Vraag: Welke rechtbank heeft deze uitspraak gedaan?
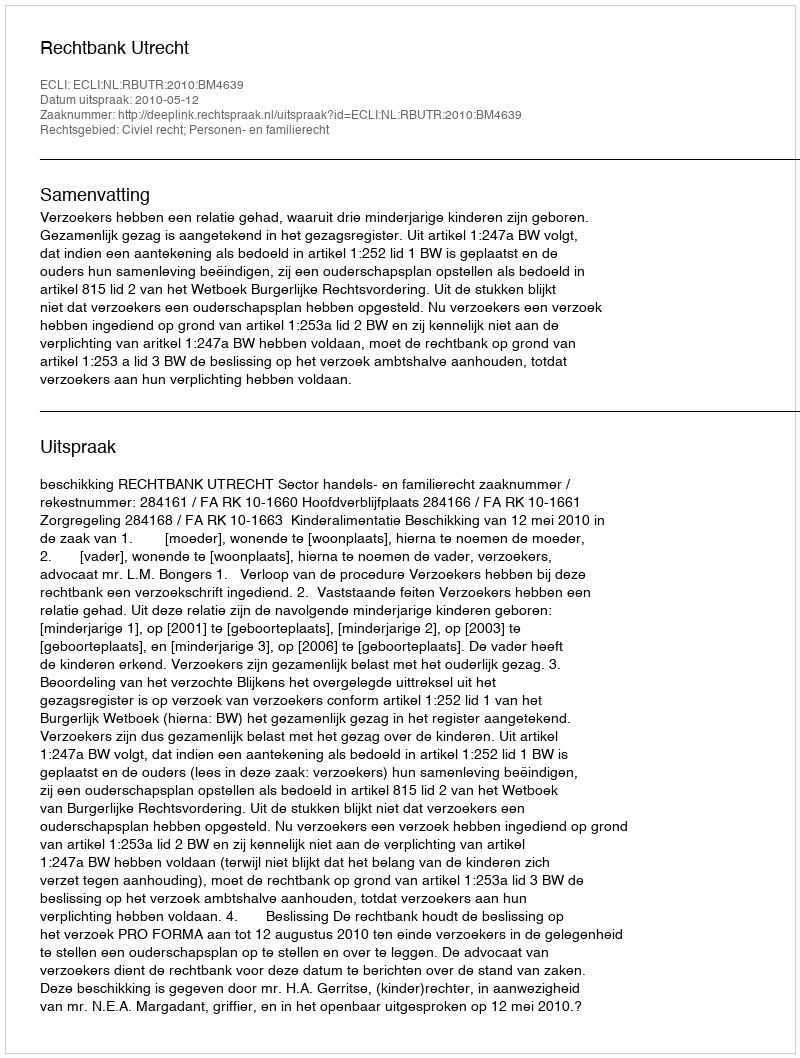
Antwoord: Rechtbank Utrecht